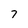
Character: 7